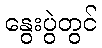
နွေးပွဲတွင်